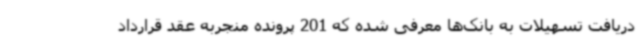
دریافت تسهیلات به بانک‌ها معرفی شده که 201 پرونده منجربه عقد قرارداد